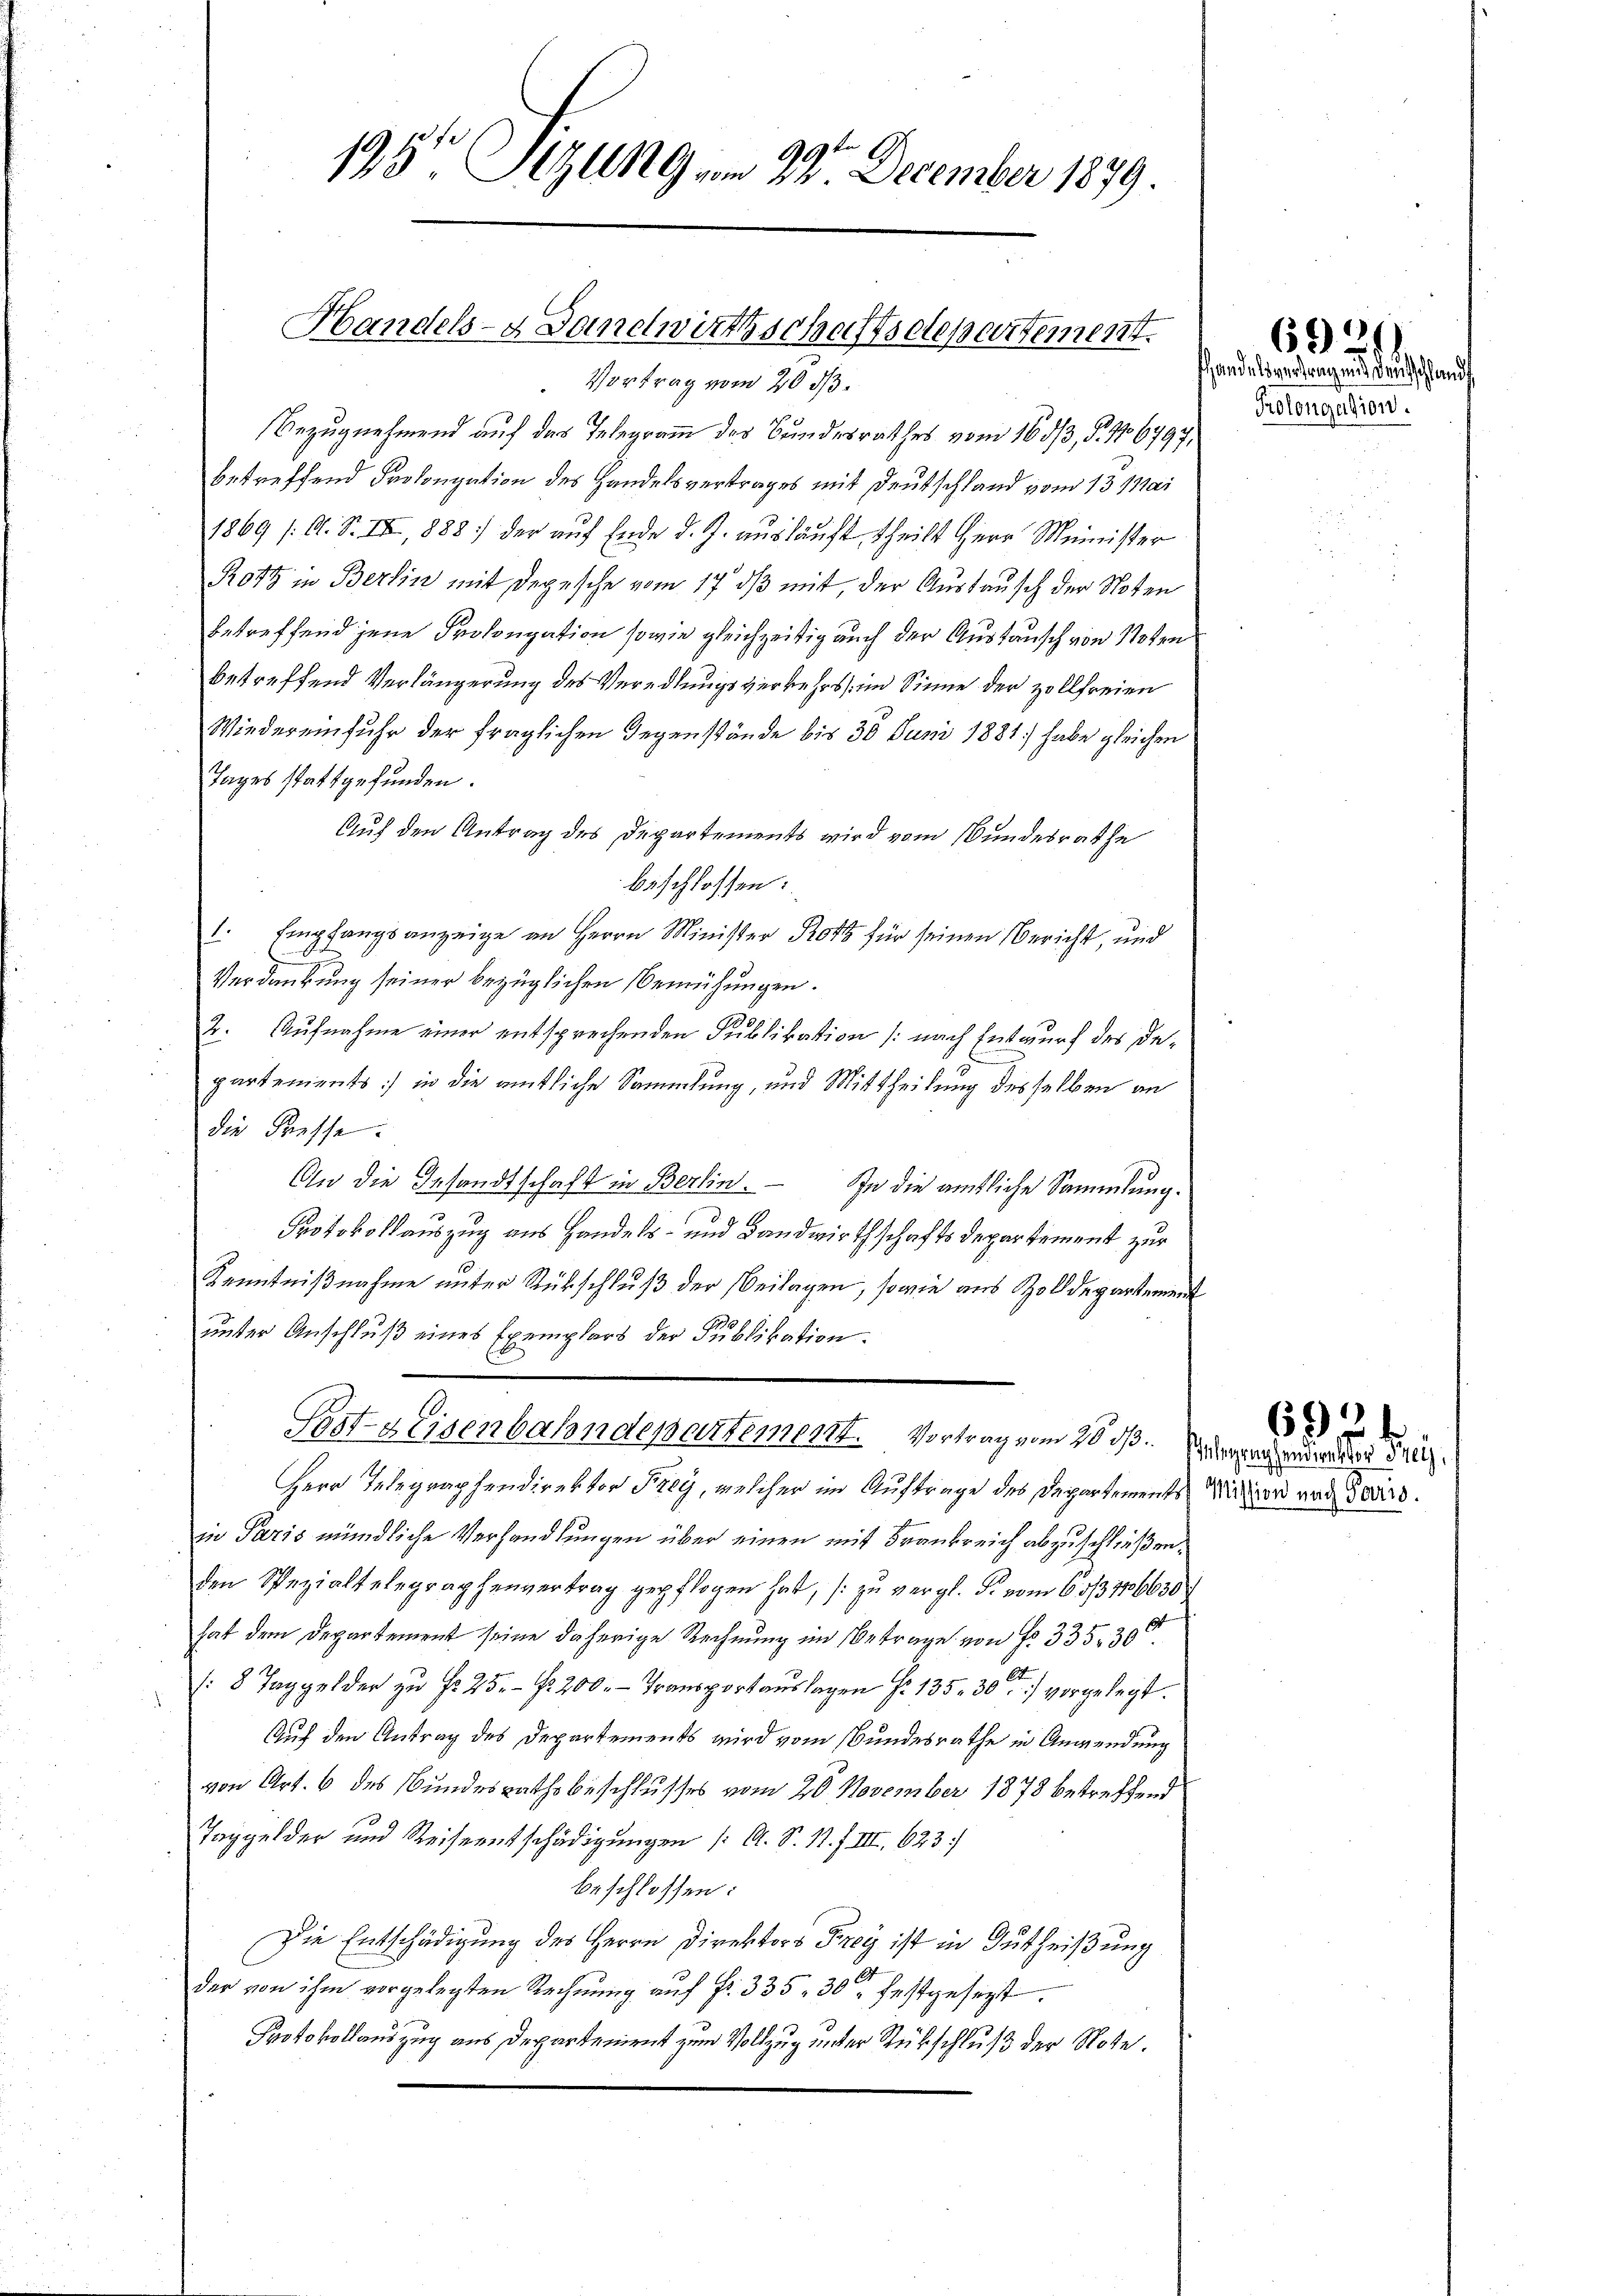
195 Sizung vom 22. December 1879.

Handels- Sandwirthschaftsetepertement.

Vortrag vom 20 1/3.
Bezugnehmend auf das Telegramm des Bundesrathes vom 16. 513, S. 16797,
betreffend Prolongation des Handelsvertrages mit Deutschland vom 13. Mai
1869 /: A. S. IV, 1888 der auf Ende d. J. ausläuft, theilt Herr Minister
Rotz in Berlin mit Depesche vom 17. dβ mit, der Austausch der Noten
betreffend jene Prolongation sowie gleichzeitig auch der Austausch von Noten
betreffend Verlängerung des Veredlungsverkehrs im Sinne der zollfreien
Wiedereinfuhr der fraglichen Gegenstände bis 30 Juni 1881] habe gleichen
Tages stattgefunden.
Auf den Antrag des Departements wird vom Bundesrathe
beschlossen:
1. Empfangsanzeige an Herrn Minister Rotz für seinen Bericht, und
E
Verdankung seiner bezüglichen Bemühungen.
2. Aufnahme einer entsprechenden Publikation (nach Entwurf des Departements) in die amtliche Sammlung, und Mittheilung desselben an
die Presse.
An die Gesandtschaft in Berlin. In die ämtliche Sammlung.
Protokollauszug aus Handels- und Landwirthschafts Departement zur
Kenntnißnahme unter Rückschluß der Beilagen, sowie aus Zolldepartement
unter Anschluß eines Exemplars der Publikation.
Post- & Eisenbahndepartement. Vortrag vom 20. ds. er an de
Herr Telegraphendirektor Frey, welcher im Auftrage des Departements Näher vor de
in Paris mündliche Verhandlungen über einen mit Frankreich abzuschließen.
den Spezialfelegraphenvertrag gepflogen hat, zu vergl. F. vom 6 1/3 116630/
hat dem Departement seine daherige Rechnung im Betrage von fr. 335. 30
2
/8 Taggelder zŭ Fr. 25. r. 200.- Transportaŭslagen f. 135. 30. vorgelegt.
Auf den Antrag des Departements wird vom Bundesrathe in Anwendung
von Art. 6 des Bundesrathsbeschlusses vom 20. November 1878 betreffend
Taggelder und Reiseentschädigungen /: A. S. 1. f. III. 623
beschlossen:
Die Entschädigung des Herrn Direktors Frey ist in Gutheißung
der von ihm vorgelegten Rechnung auf Fr. 335. 30 festgesezt.
Protokollauszug aus Departement zum Vollzug unter Rückschluß der Note.

Handelsvertrag und Deutschland
Prolongation.

66)
1

6924.